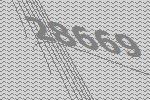
28669